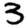
Digit: 3